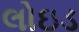
લોઇડ